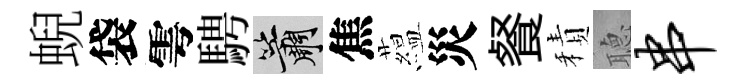
蜺袋雩騁簫焦藴災餐積𦗟串